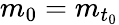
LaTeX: m_{0}=m_{t_{0}}